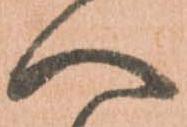
へ